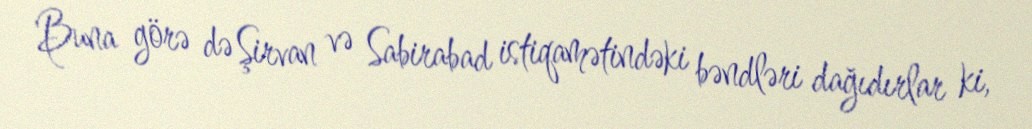
Buna görə də Şirvan və Sabirabad istiqamətindəki bəndləri dağıdırlar ki,